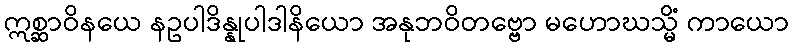
ဣစ္ဆာဝိနယေ နဥပါဒိန္နုပါဒါနိယော အနုဘဝိတဗ္ဗော မဟောဃသ္မိံ ကာယော